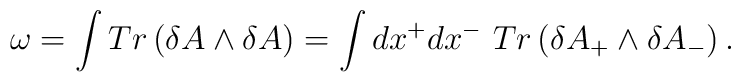
\omega=\int Tr\left(\delta A\wedge \delta A\right)      =\int dx^+dx^-~Tr\left(\delta A_+ \wedge \delta A_-\right).